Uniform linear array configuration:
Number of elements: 48
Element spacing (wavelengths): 0.5
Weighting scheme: cosine
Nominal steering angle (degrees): -45
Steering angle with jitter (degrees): -44.157
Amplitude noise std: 0.05
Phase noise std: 0.05

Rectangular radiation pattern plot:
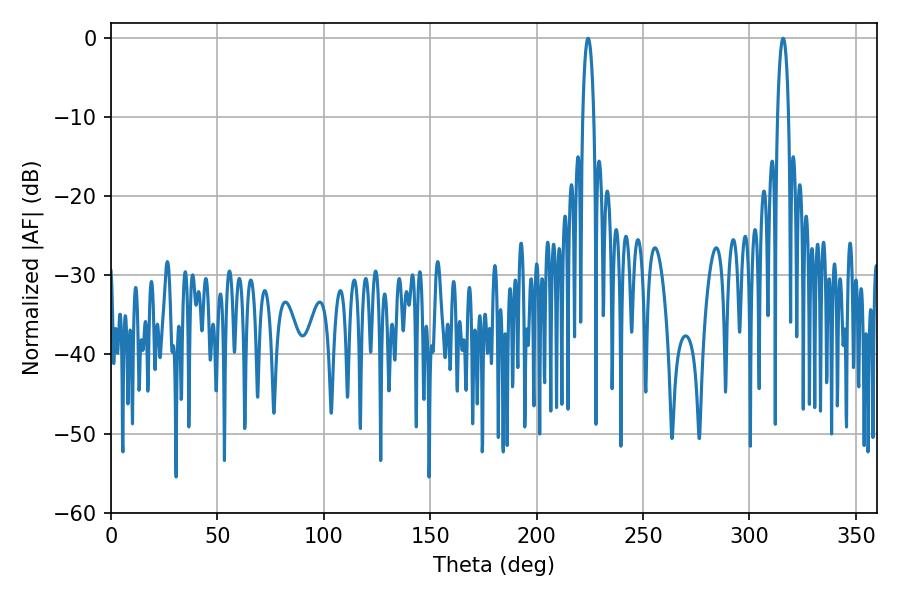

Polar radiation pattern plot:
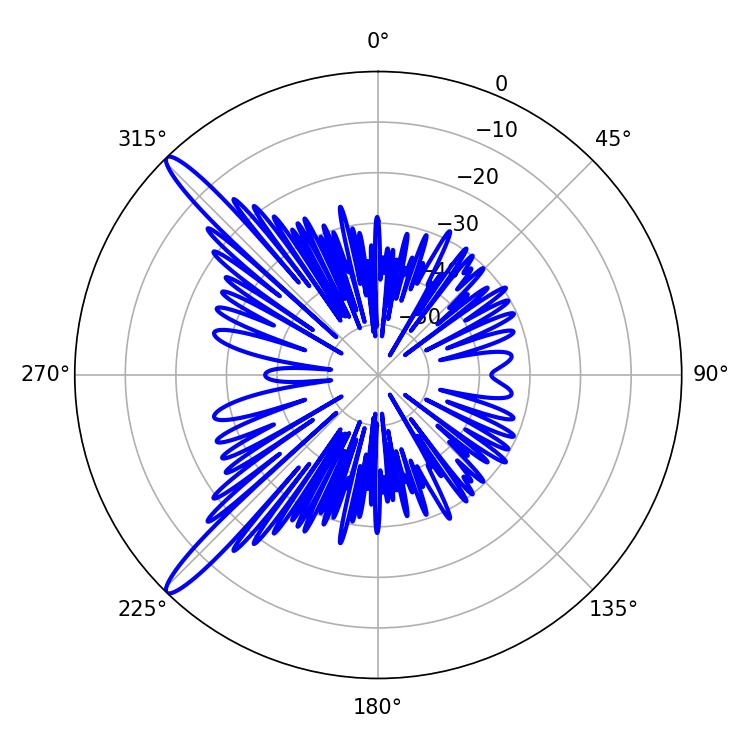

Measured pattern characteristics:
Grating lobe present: FALSE
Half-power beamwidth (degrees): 3.06
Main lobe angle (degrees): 315.9